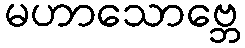
မဟာသောဗ္ဘေ